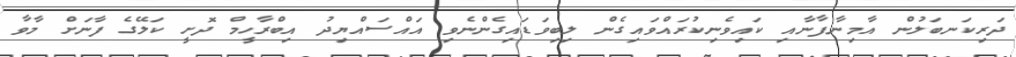
ދަރިކަނބަލުން އާމިނާފާނާއި ކައިވެނިކުރައްވައިގެން ލިބިވަޑައިގެންނެވި އައްސައްޔިދު އިބްރާހީމް ދޮށީ ކަލޭގެ ފާނަށް މާވާ